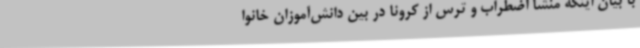
با بیان اینکه منشا اضطراب و ترس از کرونا در بین دانش‌آموزان خانوا